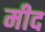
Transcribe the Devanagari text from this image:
मीद